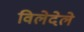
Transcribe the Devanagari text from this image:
विलेदेले